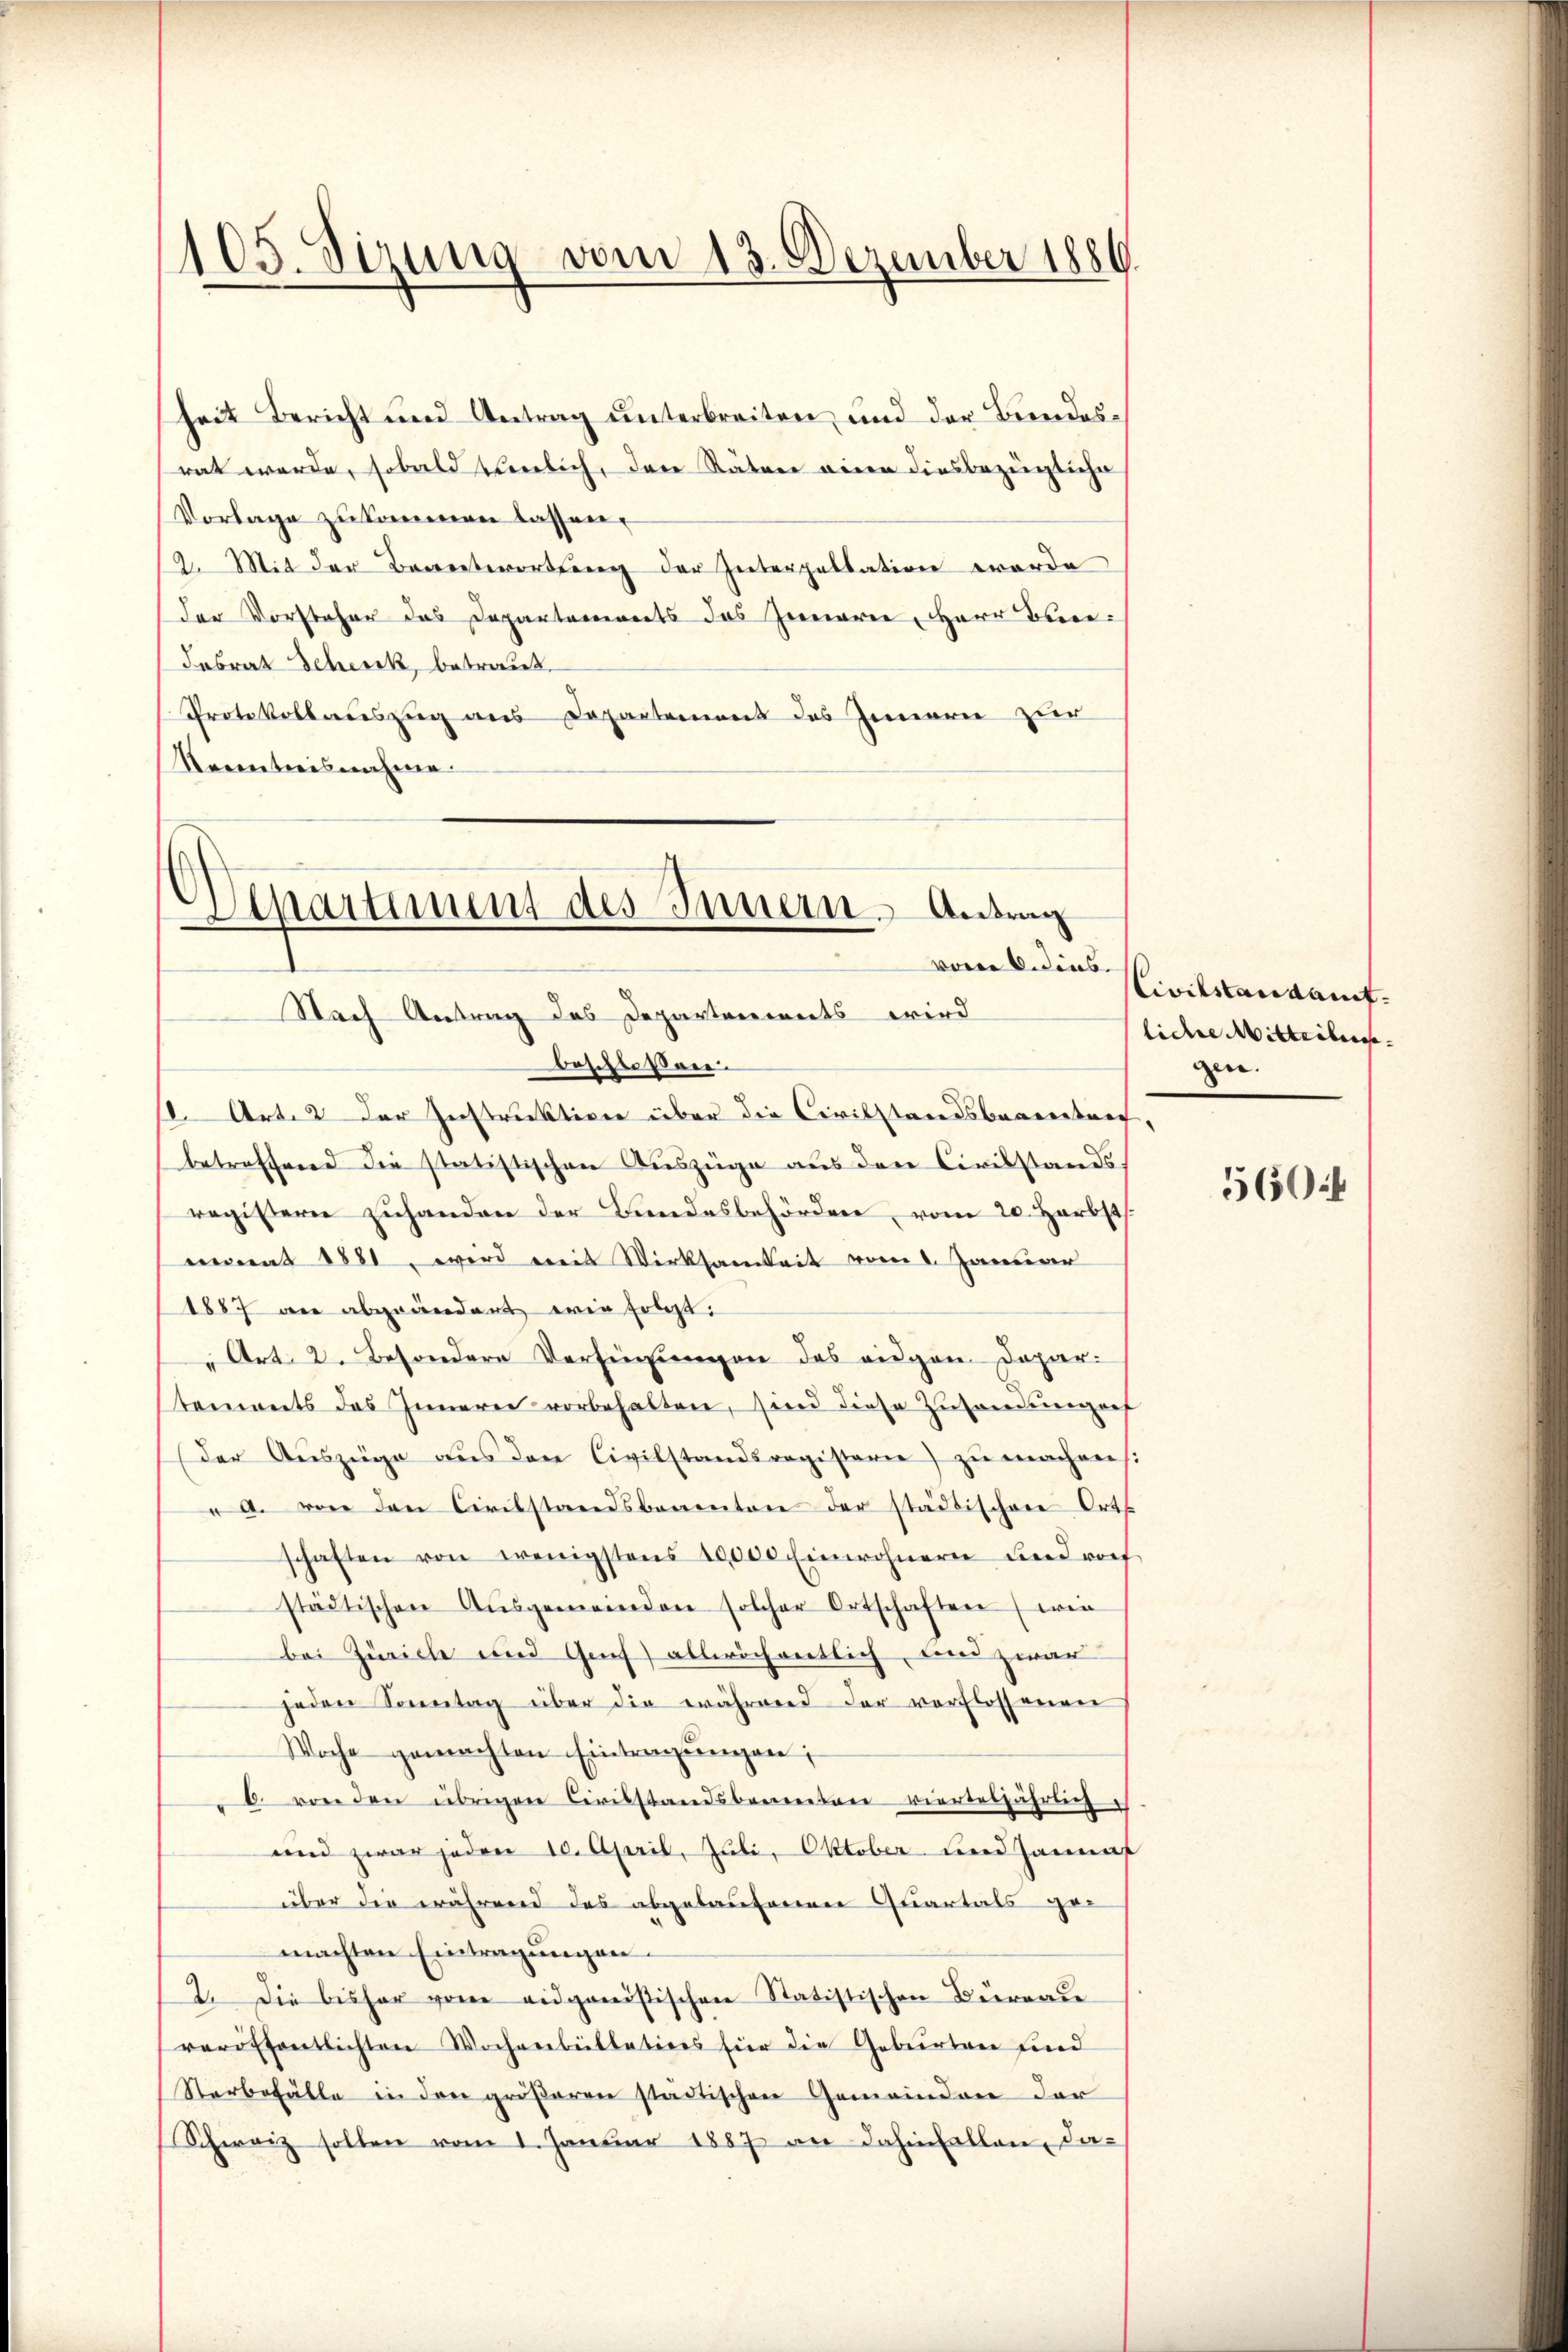
heit Bericht und Antrag unterbreiten und der Bundesrat werde, sobald sienlich, den Räten einen diesbezügliche
Vorlage zukommen lassen.
12. Mit der Beantwortung der Interpellation werde
der Vorsteher das Departements das Jenaren, Herr Bure¬
Fabrat Schenk, betraut
Protokollauszug aus Departement des Innern zuer
Reinteresnahme

105. Sizung vom 13. Dezember 1880.

Separtiment des Innern. Antrag
vom 6. dies
Nach Antrag des Departenereits wird

beschlossen
1 Art. 2 der Instruktion über die Civilstandsbaarertret,
betreffend die statistischen Auszüge aus den Civilstandsregistern zuhanden der Bundesbehörden, vom 20. Herbst
monat 1881, wird mit Wirksamkeit vom 1. Januar
1887 wie abgeändert wie folgt:
" Art. 2. Besondere Verfügen des eidgen. Dapar
tements des Inneren vorbehalten, sind diese Zusendungen
(der Auszüge aus den Civilstandsregisterie) zu machens:
A. von den Civilstandsbeamten der städtischen Orts
schaften von wenigstens 10,000 Einwohnern und rof
städtischen Aŭsgemeinden solcher Ortschaften (wie
bei Zürich und Genf) alleichentlich, und zwar
jeden Sonntag über die während der verflossenen
Woche gemachten Eintragŭngen;
6. von den übrigen Civilstandsbeamten vierteljährlich
und zwar jeden 10. April, Juli, Oktober und Hannaf
über die während das abgelaufenen Quartals gemachten Eintragungen.
2. Die bisher vom eidganistischen Statistischen Büreade
veröffentlichten Wochenbüllations für die Geburten sind
Sterbefälle in den größeren städtischen Gemeindere der
Schweiz sollen vom 1. Janŭar 1887 an dahinfallen, da-

Civilstandaufliche Mitteilun
gen.

560.